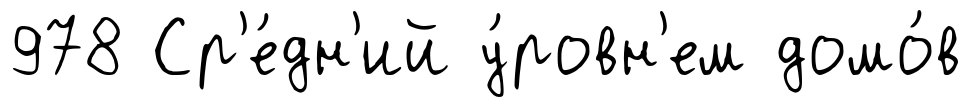
978 Ср'е́дн'ий у́ровн'ем домо́в